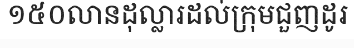
១៥០លានដុល្លារដល់ក្រុមជួញដូរ